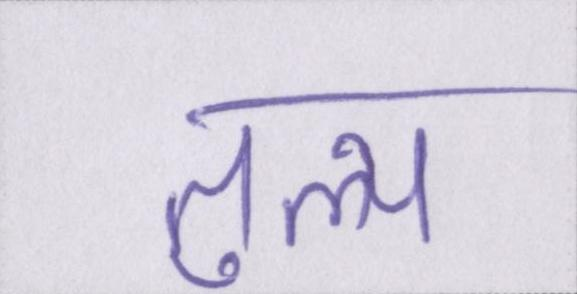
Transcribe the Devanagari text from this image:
तुल्य